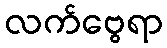
လက်ဗွေရာ